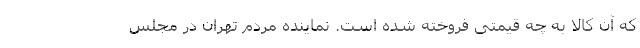
که آن کالا به چه قیمتی فروخته شده است. نماینده مردم تهران در مجلس